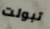
تبولت